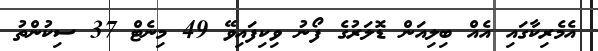
އެމެރިކާގައި އެއް ބިލިއަން ޑޮލަރުގެ ފޯނު ވިކިފައިވޭ 49 މިނެޓް 37 ސިކުންތު